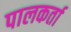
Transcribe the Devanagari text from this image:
पालकर्ता